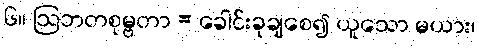
၆။ ဩဘတစုမ္ဗတာ = ခေါင်းခုချစေ၍ ယူသော မယား၊